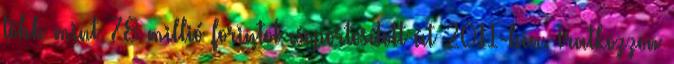
több mint 78 millió forintot csoportosított át 2011-ben. Iratkozzon